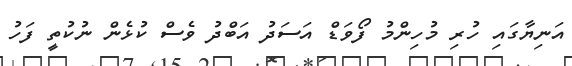
އަނިޔާގައި ހުރި މުހިންމު ފޯވަޑް އަސަދު އަބްދު ވެސް ކުޅެން ނުކުތީ ފަހު